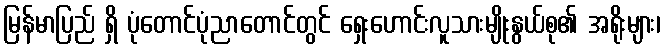
မြန်မာပြည် ရှိ ပုံတောင်ပုံညာတောင်တွင် ရှေးဟောင်းလူသားမျိုးနွယ်စု၏ အရိုးများ၊